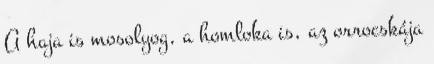
A haja is mosolyog, a homloka is, az orrocskája